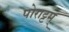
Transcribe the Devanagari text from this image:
पोराट्टम्